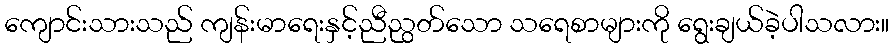
ကျောင်းသားသည် ကျန်းမာရေးနှင့်ညီညွတ်သော သရေစာများကို ရွေးချယ်ခဲ့ပါသလား။